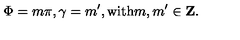
\Phi = m \pi , \gamma = m ^ { \prime } , \mathrm { w i t h } m , m ^ { \prime } \in \mathrm { { \bf Z } } .